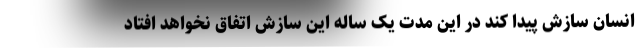
انسان سازش پیدا کند در این مدت یک ساله این سازش اتفاق نخواهد افتاد